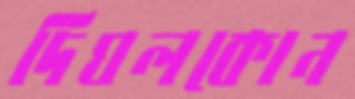
দিঘলকোন